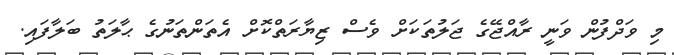
މި ވަދްފުން ވަނީ ރާއްޖޭގެ ޖަލުތަކަށް ވެސް ޒިޔާރަތްކޮށް އެތަންތަނުގެ ޙާލަތު ބަލާފައި.